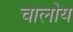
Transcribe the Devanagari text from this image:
चालोय